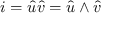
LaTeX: { i } = { \hat { u } } { \hat { v } } = { \hat { u } } \wedge { \hat { v } }